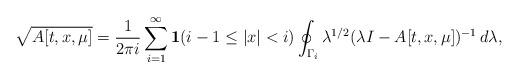
LaTeX: \begin{align*}\sqrt{A[t,x,\mu]} = \frac1{2\pi i} \sum_{i=1}^{\infty}\mathbf{1}(i-1\le |x| < i) \oint_{\Gamma_i} \lambda^{1/2}(\lambda I- A[t,x,\mu])^{-1}\,d\lambda,\end{align*}